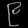
Digit: ၉